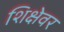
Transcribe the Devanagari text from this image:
शिक्षेवर